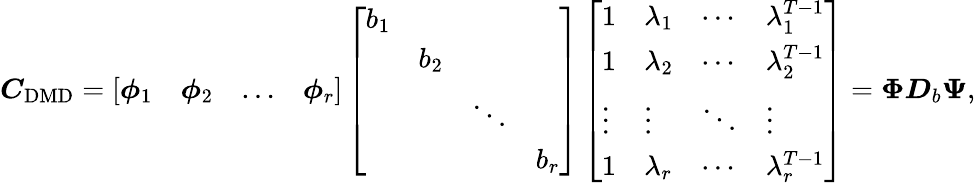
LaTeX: \boldsymbol{C}_{\mathrm{DMD}}=\left[\begin{array}{llll}{\boldsymbol{\phi}_{1}}&{\boldsymbol{\phi}_{2}}&{\dots}&{\boldsymbol{\phi}_{r}}\end{array}\right]\left[\begin{array}{llll}{b_{1}}&&&\\ &{b_{2}}&&\\ &&{\ddots}&\\ &&&{b_{r}}\end{array}\right]\left[\begin{array}{llll}{1}&{\lambda_{1}}&{\cdots}&{\lambda_{1}^{T-1}}\\ {1}&{\lambda_{2}}&{\cdots}&{\lambda_{2}^{T-1}}\\ {\vdots}&{\vdots}&{\ddots}&{\vdots}\\ {1}&{\lambda_{r}}&{\cdots}&{\lambda_{r}^{T-1}}\end{array}\right]=\boldsymbol{\Phi}\boldsymbol{D}_{b}\boldsymbol{\Psi},